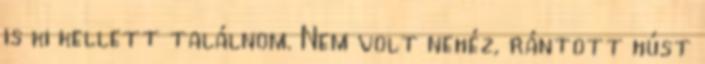
is ki kellett találnom. Nem volt nehéz, rántott húst